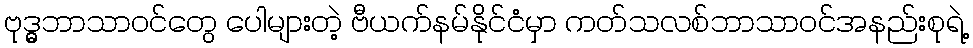
ဗုဒ္ဓ္ဓ္ဓဘာသာဝင်တွေ ပေါများတဲ့ ဗီယက်နမ်နိုင်ငံမှာ ကတ်သလစ်ဘာသာဝင်အနည်းစုရဲ့